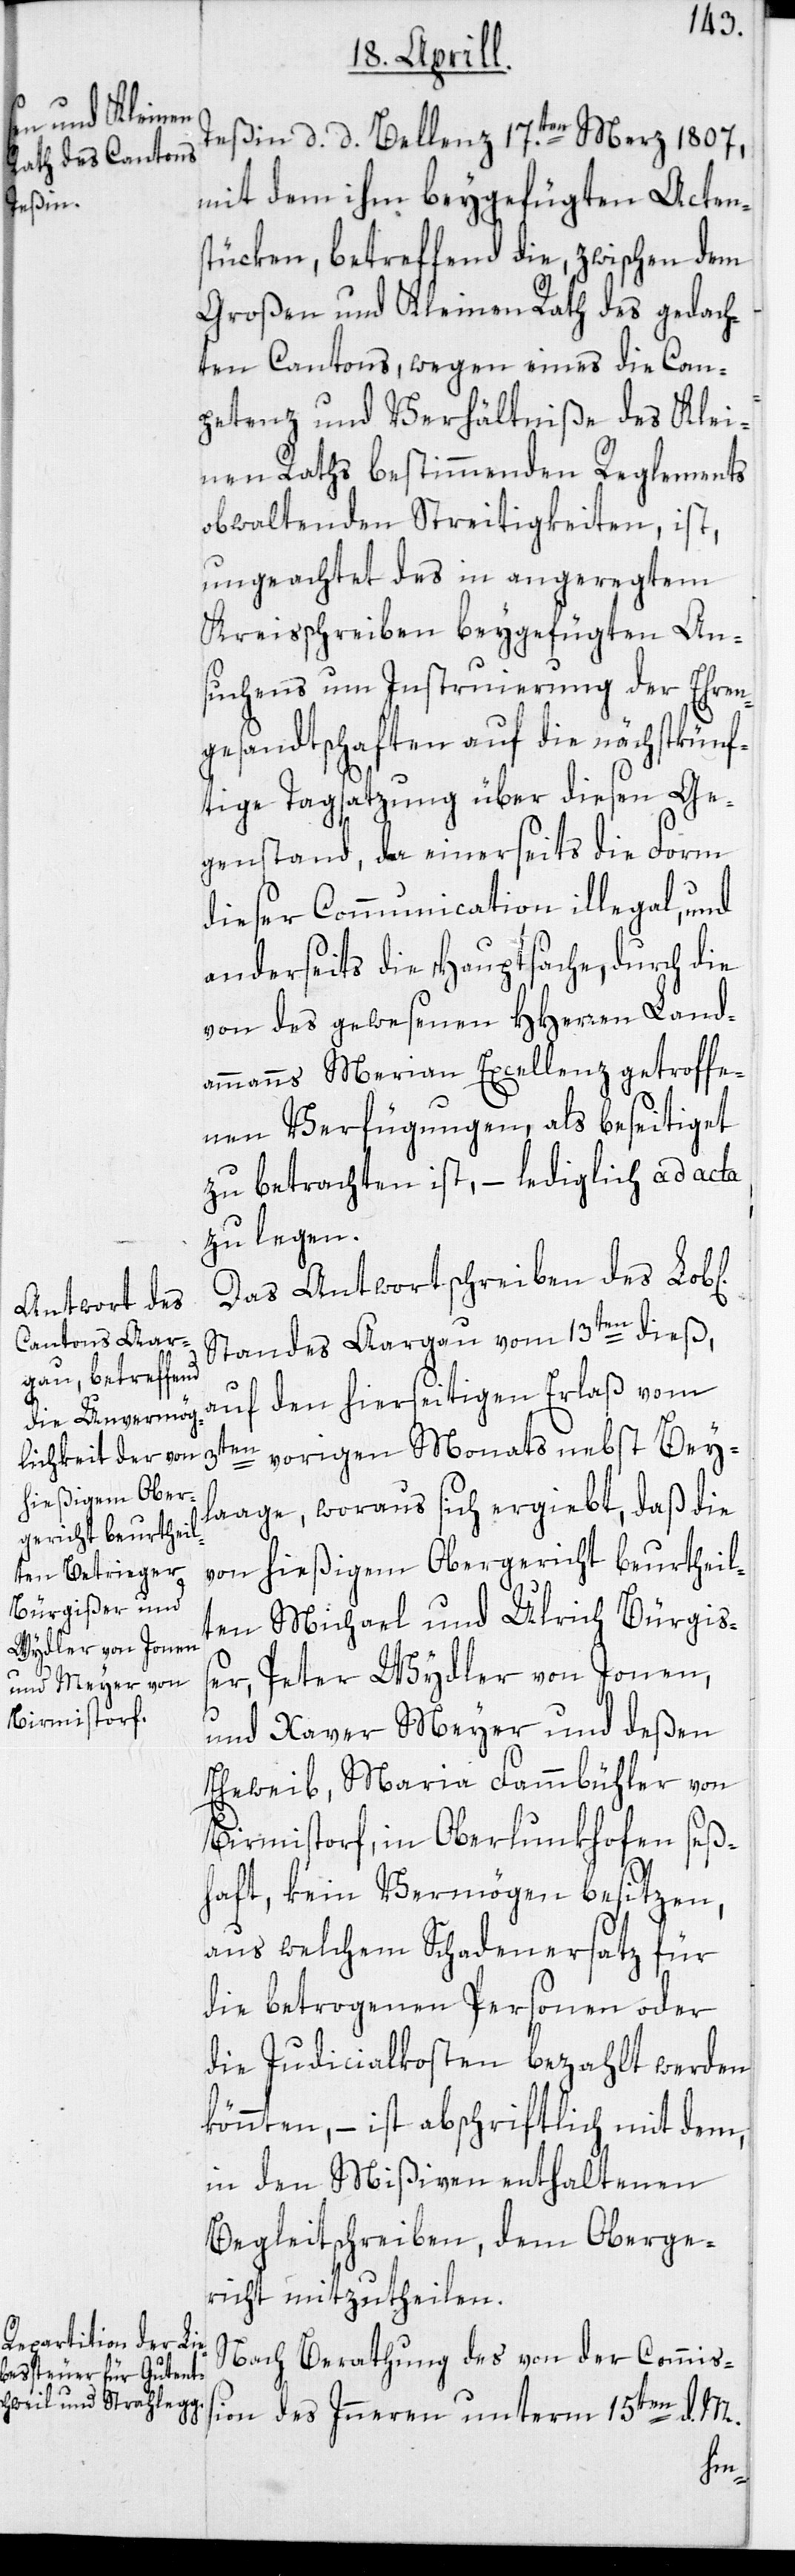
Teßin d. d. Bellenz 17.ten Merz 1807,
mit dem ihm beygefügten Actens¬
tücken, betreffend die, zwischen dem
Großen und Kleinen Rath des gedach¬
ten Cantons, wegen eines die Com¬
petenz und Verhältniße des Klei¬
nen Raths bestimmenden Reglements
obwaltenden Streitigkeiten, ist,
ungeachtet des in angeregtem
Kreisschreiben beygefügten An¬
suchens um Instruierung der Ehren¬
gesandtschaften auf die nächstkünf¬
tige Tagsatzung über diesen Ge¬
genstand, da einerseits die Form
dieser Communication illegal, und
anderseits die Hauptsache, durch die
von des gewesenen HHerren Land¬
ammanns Merian Excellenz getroffe¬
nen Verfügungen, als beseitiget
zu betrachten ist, – lediglich ad acta
zu legen.
Das Antwortschreiben des Lob[l¬
Standes Aargau vom 13ten dieß,
auf den hierseitigen Erlaß vom
n]
3t¬
en vorigen Monats nebst Bey¬
laage, woraus sich ergiebt, daß die
von hießigem Obergericht beurtheil¬
ten Michael und Ulrich Bürgiss¬
er, Peter Wydler von Jonen,
und Xaver Meyer und deßen
Eheweib, Maria Fammbühler von
Birmistorf, in Oberlunkhofen seß¬
haft, kein Vermögen besitzen,
aus welchem Schadenersatz für
die betrogenen Personen oder
die Judicialkosten bezahlt werden
könnten, – ist abschriftlich mit dem,
in den Mißiven enthaltenen
Begleitschreiben, dem Oberge¬
richt mitzutheilen.
Nach Berathung des von der Commiss¬
ion des Inneren unterm 15ten d. M.